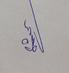
Signature authenticity: genuine